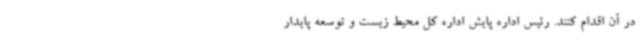
در آن اقدام کنند. رئیس اداره پایش اداره کل محیط زیست و توسعه پایدار